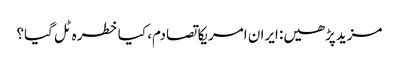
مزیدپڑھیں: ایران امریکا تصادم، کیا خطرہ ٹل گیا؟